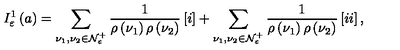
I _ { \varepsilon } ^ { 1 } \left( a \right) = \sum _ { \nu _ { 1 } , \nu _ { 2 } \in { \cal N } _ { \varepsilon } ^ { + } } \frac { 1 } { \rho \left( \nu _ { 1 } \right) \rho \left( \nu _ { 2 } \right) } \left[ { \LARGE i } \right] + \sum _ { \nu _ { 1 } , \nu _ { 2 } \in { \cal N } _ { \varepsilon } ^ { + } } \frac { 1 } { \rho \left( \nu _ { 1 } \right) \rho \left( \nu _ { 2 } \right) } \left[ { \Large i i } \right] ,